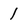
Character: 1